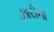
ઝારીના